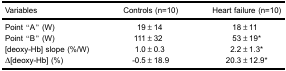
| Variables | Controls (n=10) | Heart failure (n=10) |
 | --- | --- | --- |
 | Point “A” (W) | 19±14 | 18±11 |
 | Point “B” (W) | 111±32 | 53±19* |
 | [deoxy-Hb] slope (%/W) | 1.0±0.3 | 2.2±1.3* |
 | Δ[deoxy-Hb] (%) | -0.5±18.9 | 20.3±12.9* |